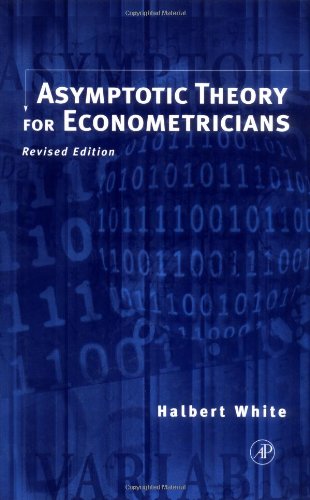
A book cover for Asymptotic Theory for Econometricians: Revised Edition (Economic Theory, Econometrics, and Mathematical Economics) (Economic Theory, Econometrics, & Mathematical Economics); Halbert White; Business & Money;